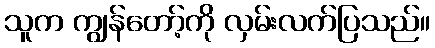
သူက ကျွန်တော့်ကို လှမ်းလက်ပြသည်။